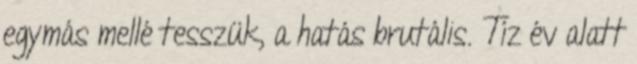
egymás mellé tesszük, a hatás brutális. Tíz év alatt